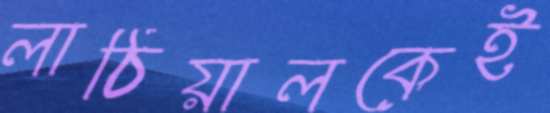
লাঠিয়ালকেই